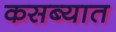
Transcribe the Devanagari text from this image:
कसब्यात